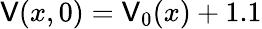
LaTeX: \mathsf{V}(x,0)=\mathsf{V}_{0}(x)+1.1